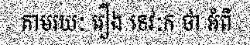
តាមរយៈ រឿង ទេវៈក ថា អំពី